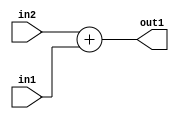
`timescale 1ps / 1ps
/*****************************************************************************
    Verilog RTL Description
    
    
    Created by: Stratus DpOpt 21.05.01 
*******************************************************************************/

module dut_Add_7Ux4U_8U_4 (
	in2,
	in1,
	out1
	); /* architecture "behavioural" */ 
input [6:0] in2;
input [3:0] in1;
output [7:0] out1;
wire [7:0] asc001;

assign asc001 = 
	+(in2)
	+(in1);

assign out1 = asc001;
endmodule

/* CADENCE  ubDySww= : u9/ySxbfrwZIxEzHVQQV8Q== ** DO NOT EDIT THIS LINE ******/